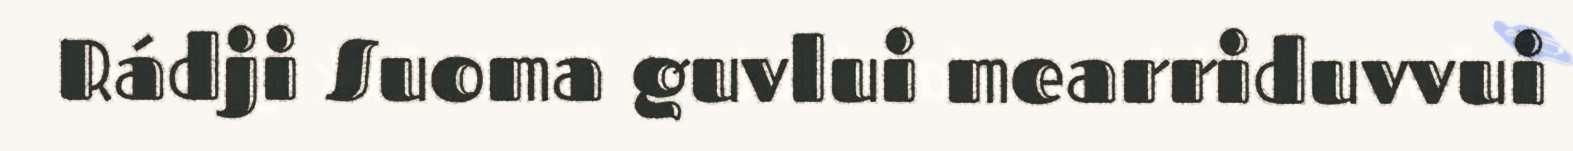
Rádji Suoma guvlui mearriduvvui